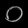
Digit: ၀